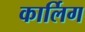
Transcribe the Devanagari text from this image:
कार्लिग